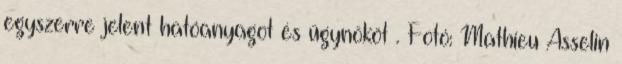
egyszerre jelent hatóanyagot és ügynököt . Fotó: Mathieu Asselin